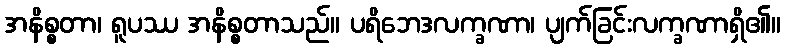
အနိစ္စတာ၊ ရူပဿ အနိစ္စတာသည်။ ပရိဘေဒလက္ခဏာ၊ ပျက်ခြင်းလက္ခဏာရှိ၏။